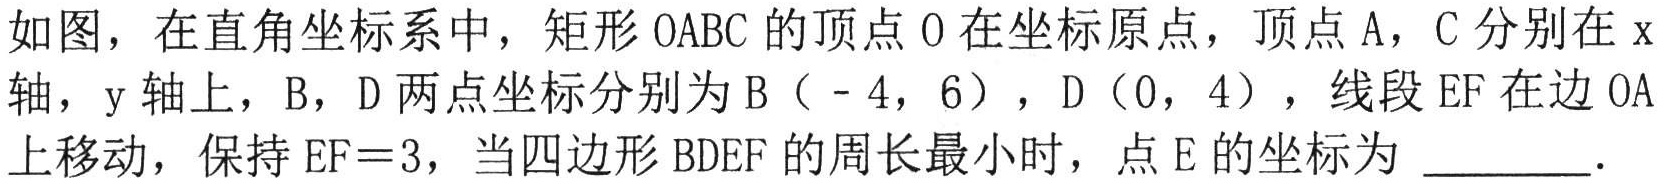
如图，在直角坐标系中，矩形\(OABC\)的顶点\(O\)在坐标原点，顶点\(A\)，\(C\)分别在\(x\)轴，\(y\)轴上，\(B\)，\(D\)两点坐标分别为\(B(-4,6)\)，\(D(0,4)\)，线段\(EF\)在边\(OA\)上移动，保持\(EF = 3\)，当四边形\(BDEF\)的周长最小时，点\(E\)的坐标为 \_\_\_\_\_ ．